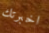
اخبرتك